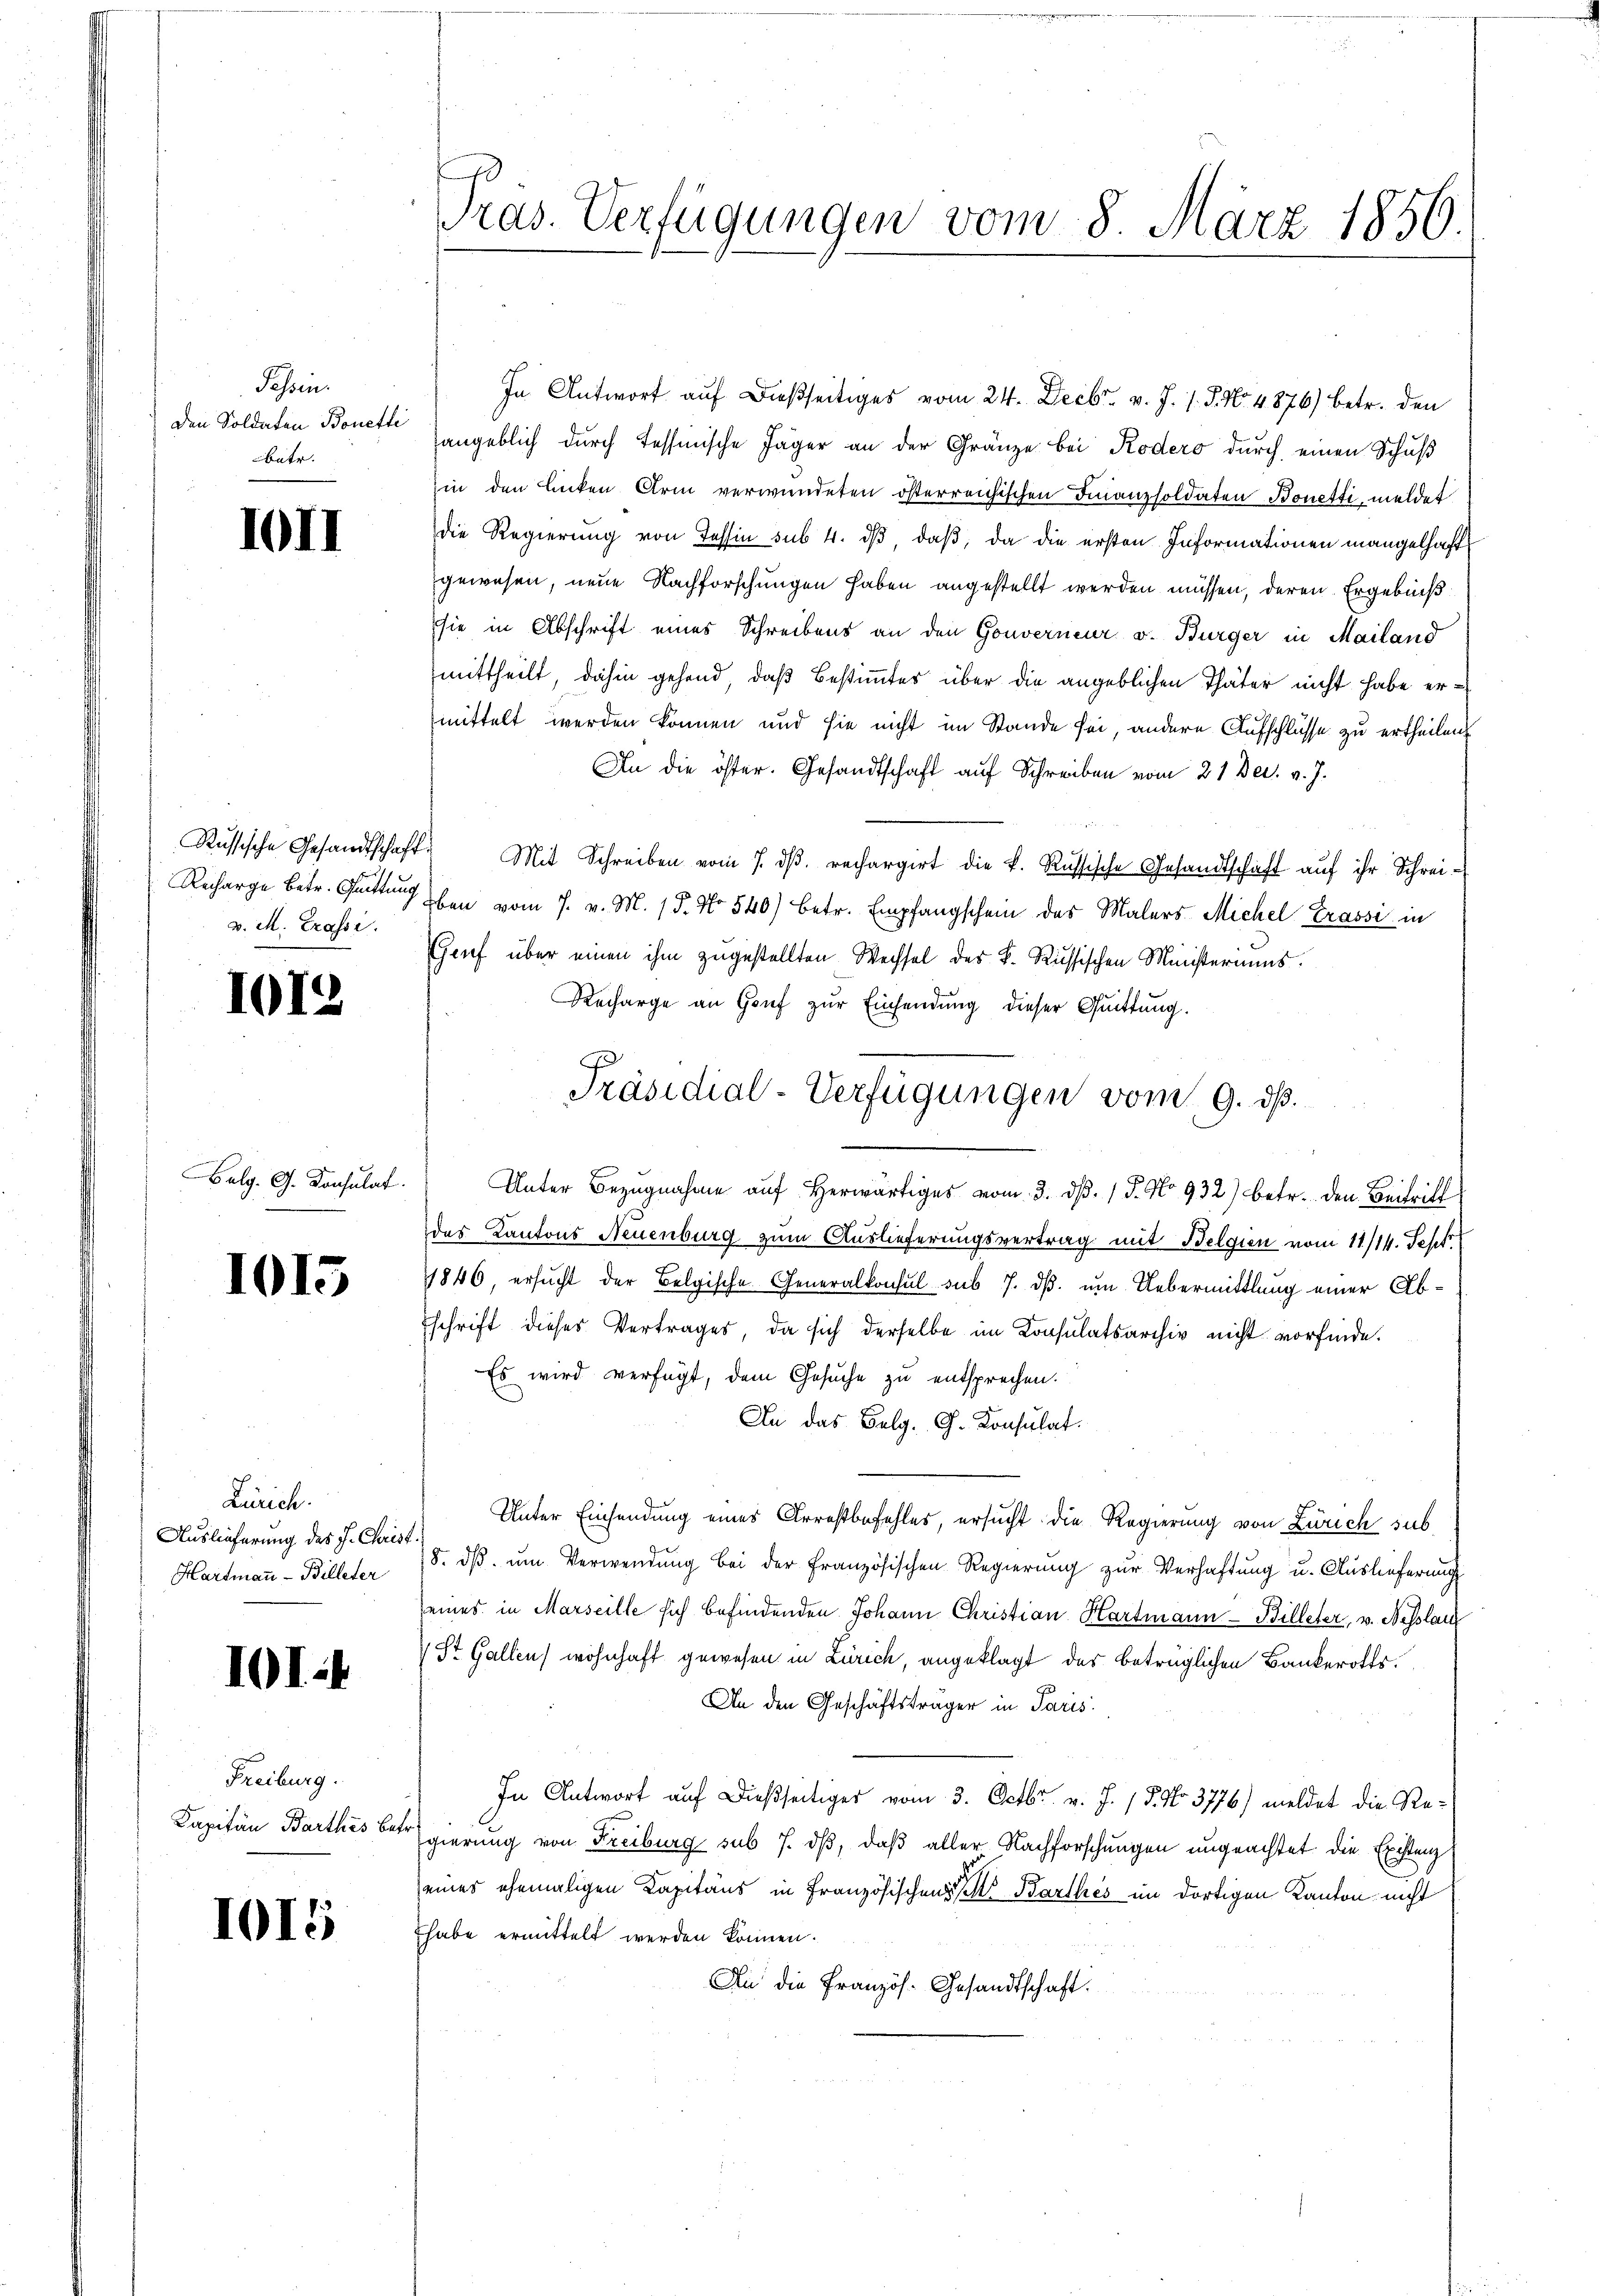
Pesoin
Den Soldaten Bonetti
bäte.

10II

v. M. Trassi.

1012

Balg. G. Konsulat

1015

Zürich.
Auslieferung des J. Christ.
Hartmann - Billeter

IOI.

Freiburg.
Kapitän Barthes bes

1015

Präs. Verfügungen vom 8. März 1856.

In Antwort auf dießseitiges vom 24. Decbr. v. J. J. J. No 4876) betr. den
angeblich durch Tessinische Jäger an der Gränze bei Rodero durch einen Schuß
in den linken Arm verwundeten österreichischen Finanzsoldaten Bonetti, meldet
die Regierung von Tessin sub 4. dβ, daß, da die ersten Informationen mangelhaft
gewesen, neue Nachforschungen haben angestellt werden müssen, deren Ergebniß
sie in Abschrift eines Schreibens an den Gouverneur v. Bürger in Mailand
mittheilt, dahin gehend, daß Bestimmtes über die angeblichen Thäter nicht habe ermittelt werden können und sie nicht im Stande sei, andere Aufschlüsse zu ertheilen.
An die öster. Gesandtschaft auf Schreiben vom 21. Dec. v. J.
Russische Gesandtschaft. Mit Schreiben vom 7. dβ. rechargirt die k. Russische Gesandtschaft auf ihr Schrei¬
Recharge betr. Quitten eben vom 7. v. M. 15. No 540) betr. Empfangschein des Malers Michel Trassi in
Gruf über einen ihm zugestellten Wechsel des k. Russischen Ministeriums.
Recharge an Genf zŭr Einsendung dieser Quittung.
Unter Bezŭgnahme aŭf herwärtiges vom 3. d. 1 S. No 932) betr. den Beitritt
des Kantons Neuenburg zum Auslieferungsvertrag mit Belgien vom 11/14. Sept.
1846, ersŭcht der Belgische Generalkonsul sub 7. dβ. um Uebermittlung einer Abschrift dieses Vertrages, da sich derselbe im Konsulatsarchiv nicht vorfinde.
Es wird verfügt, dem Gesuche zu entsprechen.
An das Belg. C. Konsulat
Unter Einsendung eines Arrestbefehles, ersucht die Regierung von Zürich sub
18. dβ ŭm Verwendung bei der Französischen Regierŭng zŭr Verhaftung u. Auslieferung
seines in Marseille sich befindenden Johann Christian Hartmann-Billeter, v. Nesslau
St. Gallen wohnhaft gewesen in Zürich, angeklagt das betrüglichen Bankerotts.
An den Geschäftsträger in Paris
In Antwort auf dießseitiger vom 3. Octbr. v. J. / 5. No. 3776) meldet die Regierung von Freiburg sub 7. dβ, daβ aller Nachforschungen ungeachtet die Existenz
eines ehemaligen Kapitäns in Französischens Barthes im dortigen Kanton nicht
habe ermittelt werden können.
An die Französ. Gesandtschaft.

J
Präsidial-Verfügungen vom 9. ds.